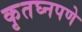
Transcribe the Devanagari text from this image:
कृतघ्नपणे